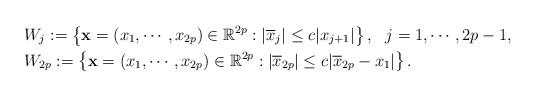
LaTeX: \begin{align*}&W_{j}:=\left\{\mathbf{x}=(x_{1},\cdots,x_{2p})\in\mathbb{R}^{2p}:|\overline{x}_{j}|\leq c|x_{j+1}|\right\},\ \ j=1,\cdots,2p-1,\\&W_{2p}:=\left\{\mathbf{x}=(x_{1},\cdots,x_{2p})\in\mathbb{R}^{2p}:|\overline{x}_{2p}|\leq c|\overline{x}_{2p}-x_{1}|\right\}.\end{align*}